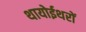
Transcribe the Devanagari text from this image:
थायोईथरों